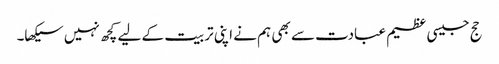
حج جیسی عظیم عبادت سے بھی ہم نے اپنی تربیت کے لیے کچھ نہیں سیکھا۔